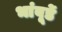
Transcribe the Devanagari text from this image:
भांबूर्डे